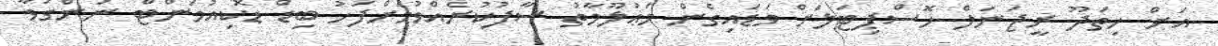
އަށް ހިތަދޫ ރީޖަނަލް ހޮސްޕިޓަލަށް ވަޑައިގެން މަޢުލޫމާތު ސާފުކުރެއްވުމަށްފަހު ބިޑް ޑޮކިއުމަންޓް ނަންގަވާ